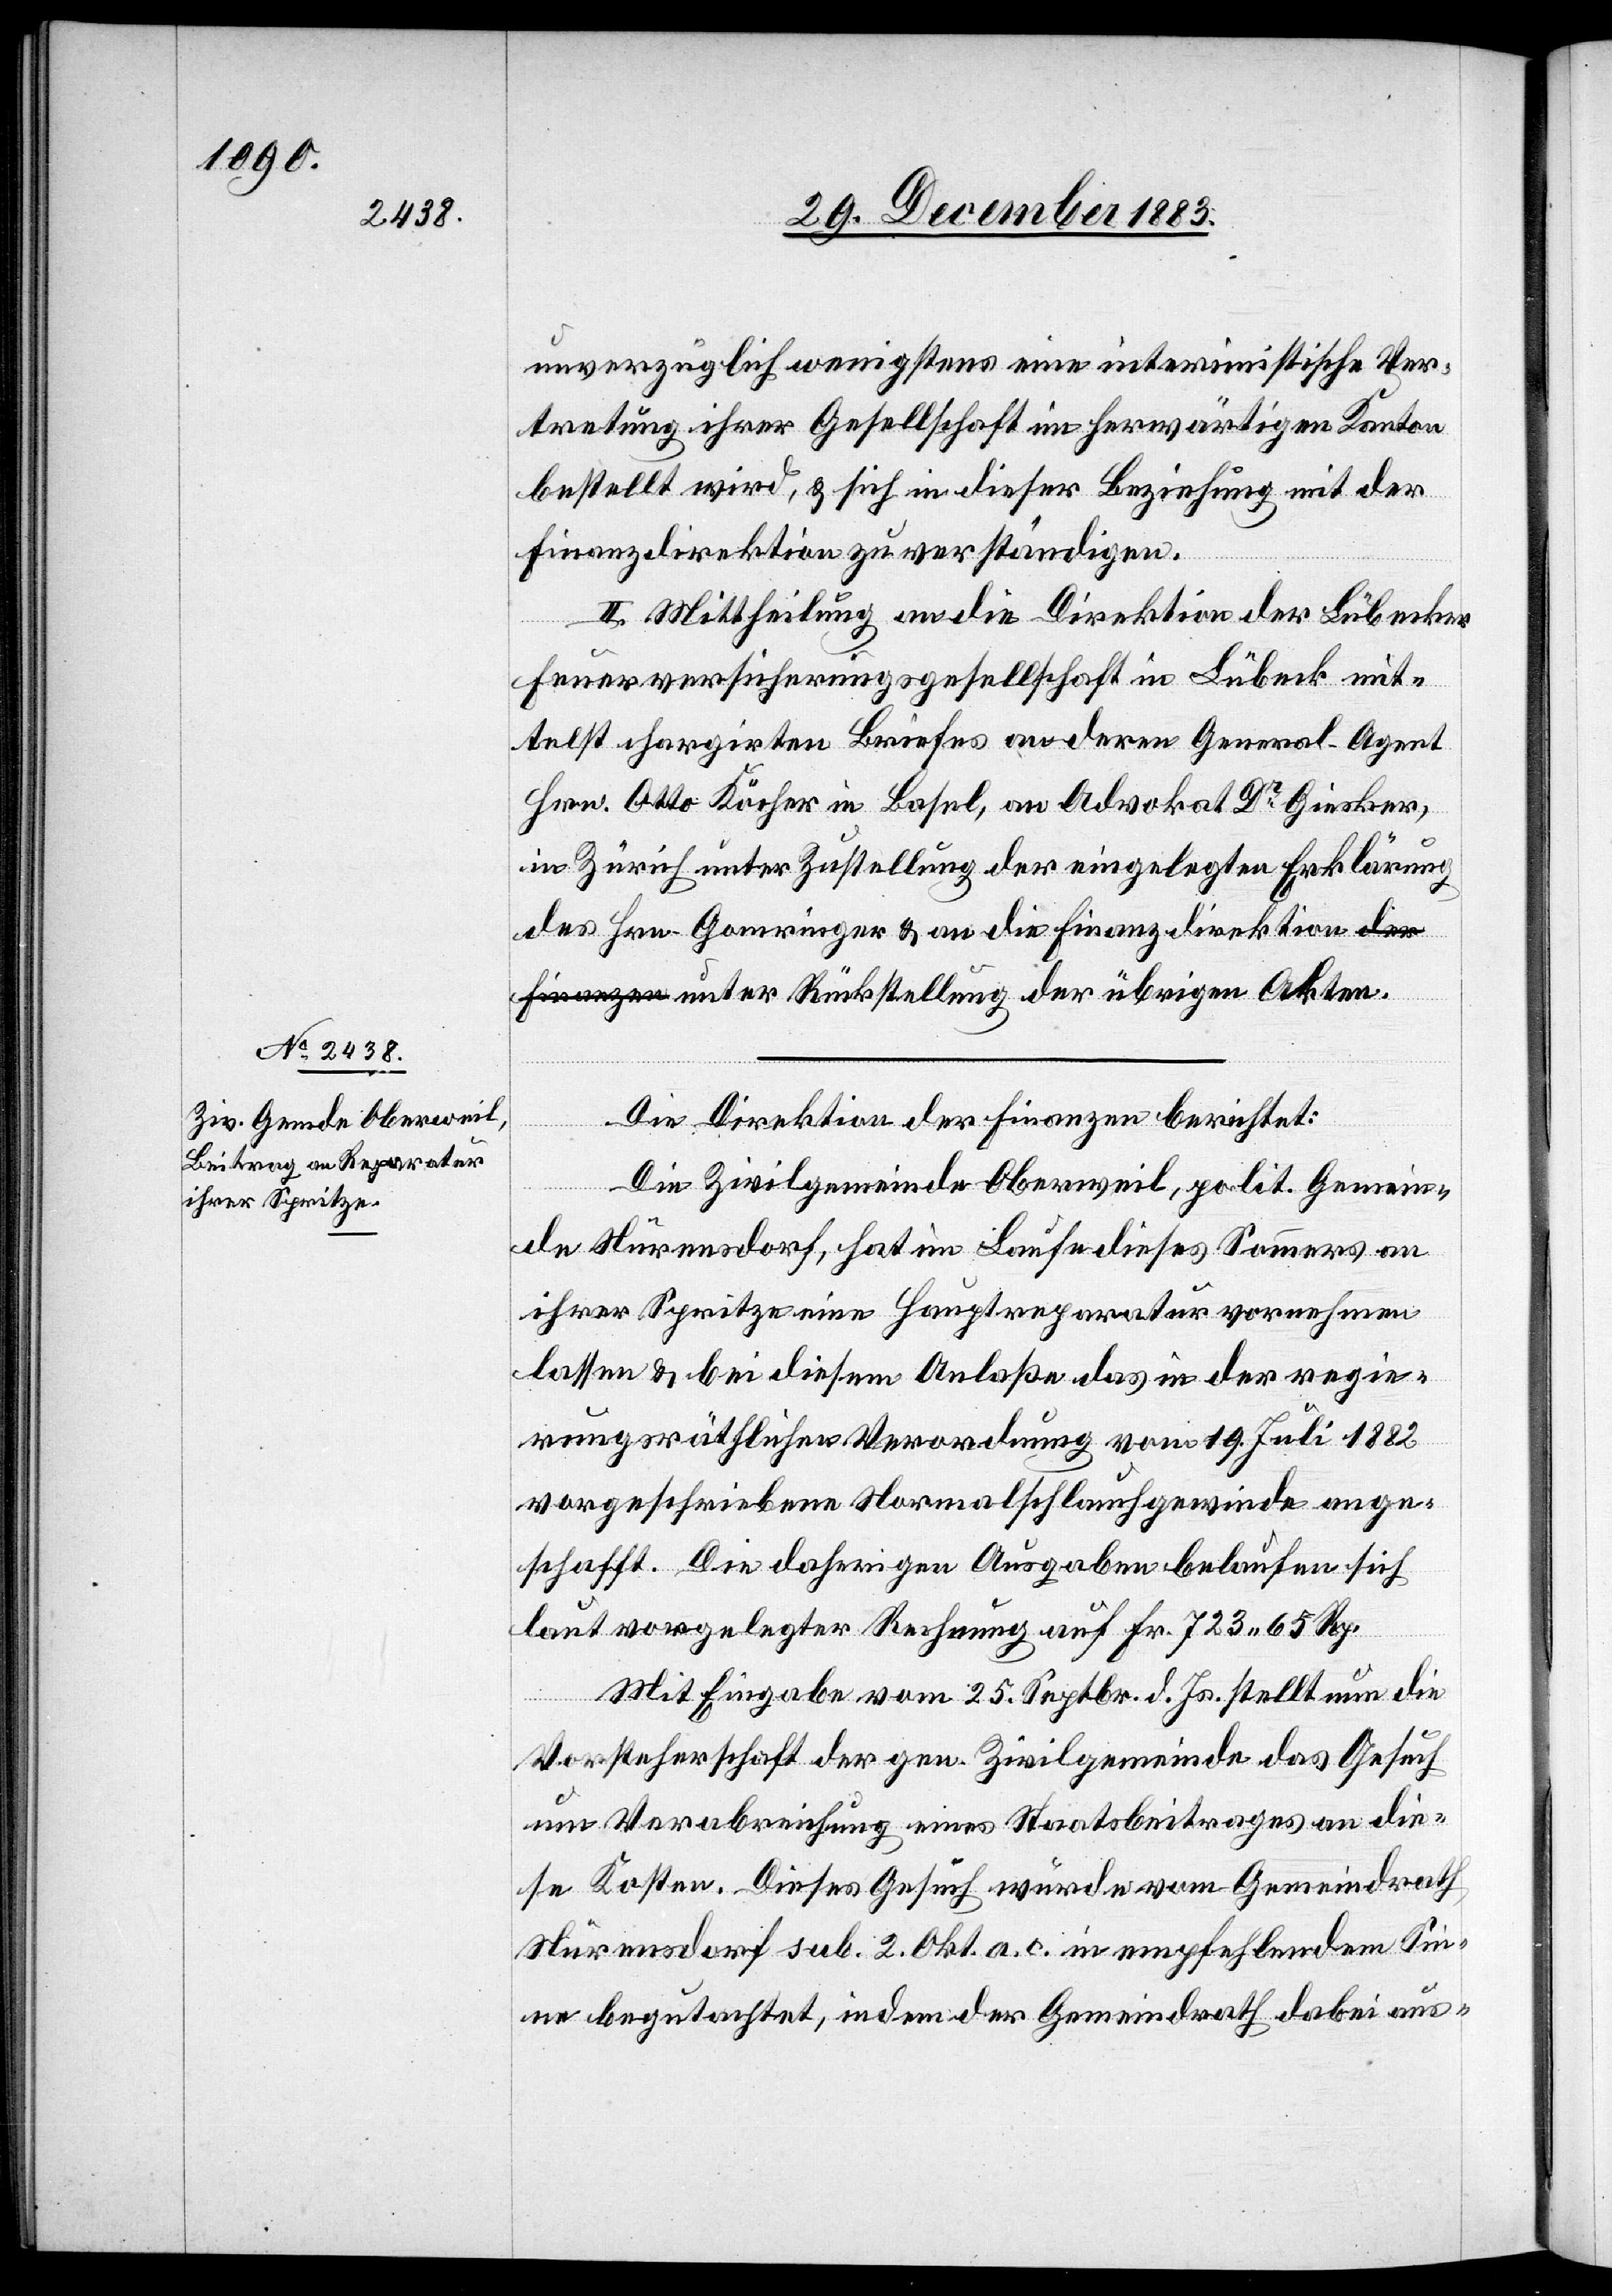
31. December 1883.]
unverzüglich wenigstens eine interimistische Ver¬
tretung ihrer Gesellschaft im herwärtigen Kanton
bestellt wird, & sich in dieser Beziehung mit der
Finanzdirektion zu verständigen.
II. Mittheilung an die Direktion der Lübecker
Feuerversicherungsgesellschaft in Lübeck mit¬
telst chargirten Briefes an deren General-Agent
Hrn. Otto Köcher in Basel, an Advokat Dr Giesker,
in Zürich unter Zustellung der eingelegten Erklärung
des Hrn. Gomringer & an die Finanzdirektion unter
Die Direktion der Finanzen berichtet:
ten.
Die Zivilgemeinde Oberweil, polit. Gemein¬
de Nürensdorf, hat im Laufe dieses Sommers an
ihrer Spritze eine Hauptreparatur vornehmen
lassen & bei diesem Anlaße das in der regie¬
rungsräthlichen Verordnung vom 19. Juli 1882
vorgeschriebene Normalschlauchgewinde ange¬
schafft. Die daherigen Ausgaben belaufen sich
laut vorgelegter Rechnung auf Fr. 723 65 Rp.
Mit Eingabe vom 25. Septbr. d. Js. stellt nun die
Vorsteherschaft der gen. Zivilgemeinde das Gesuch
um Verabreichung eines Staatsbeitrages an die¬
se Kosten. Dieses Gesuch wurde vom Gemeindrath
Nürensdorf sub. 2. Okt a. c. in empfehlendem Sin¬
ne begutachtet, indem der Gemeindrath dabei aus-